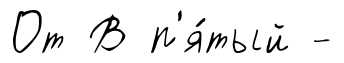
От В п'я́тый -